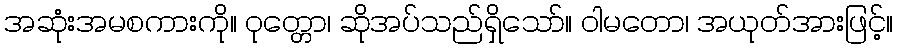
အဆုံးအမစကားကို။ ဝုတ္တော၊ ဆိုအပ်သည်ရှိသော်။ ဝါမတော၊ အယုတ်အားဖြင့်။